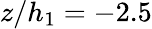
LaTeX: z/h_{1}=-2.5